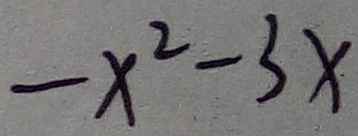
- x ^ { 2 } - 3 x